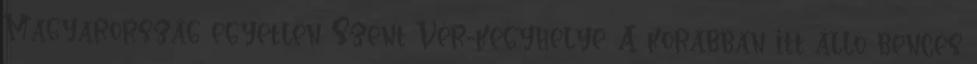
Magyarország egyetlen Szent Vér-kegyhelye. A korábban itt álló bencés